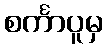
စင်္ကာပူမှ